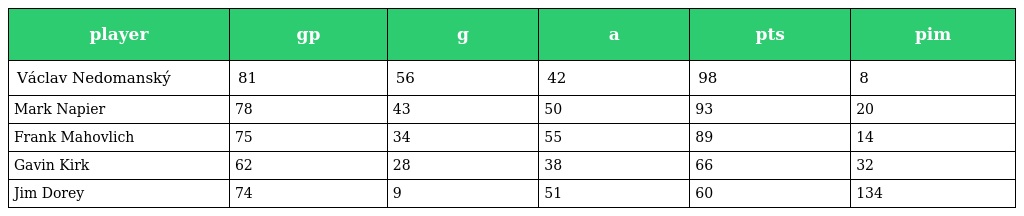
| player | gp | g | a | pts | pim |
 | --- | --- | --- | --- | --- | --- |
 | Václav Nedomanský | 81 | 56 | 42 | 98 | 8 |
 | Mark Napier | 78 | 43 | 50 | 93 | 20 |
 | Frank Mahovlich | 75 | 34 | 55 | 89 | 14 |
 | Gavin Kirk | 62 | 28 | 38 | 66 | 32 |
 | Jim Dorey | 74 | 9 | 51 | 60 | 134 |